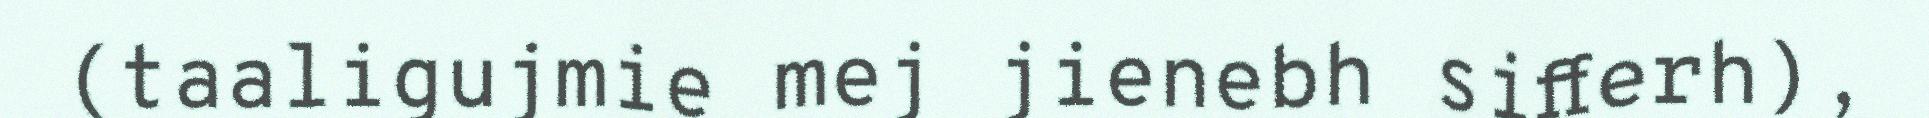
(taaligujmie mej jienebh sifferh),